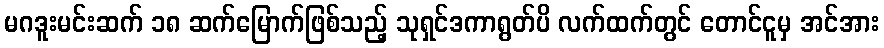
မဂဒူးမင်းဆက် ၁၈ ဆက်မြောက်ဖြစ်သည့် သုရှင်ဒကာရွတ်ပိ လက်ထက်တွင် တောင်ငူမှ အင်အား